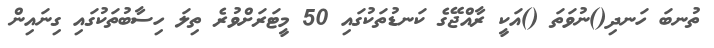
ތުނބަ ހަނދި()ނުވަތަ ()އަކީ ރާއްޖޭގެ ކަނޑުތަކުގައި 50 މީޓަރަށްވުރެ ތިލަ ހިސާބުތަކުގައި ގިނައިން